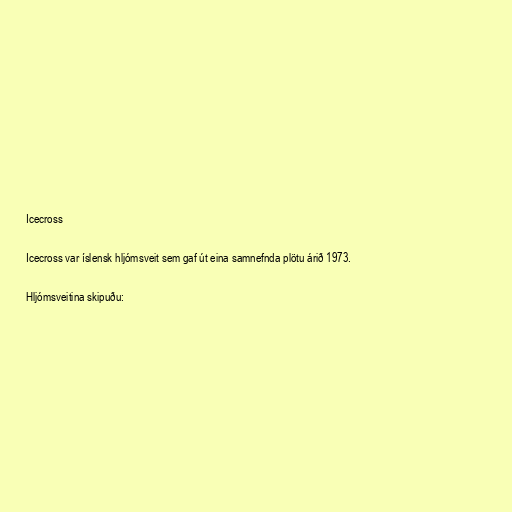
Icecross

Icecross var íslensk hljómsveit sem gaf út eina samnefnda plötu árið 1973.

Hljómsveitina skipuðu: